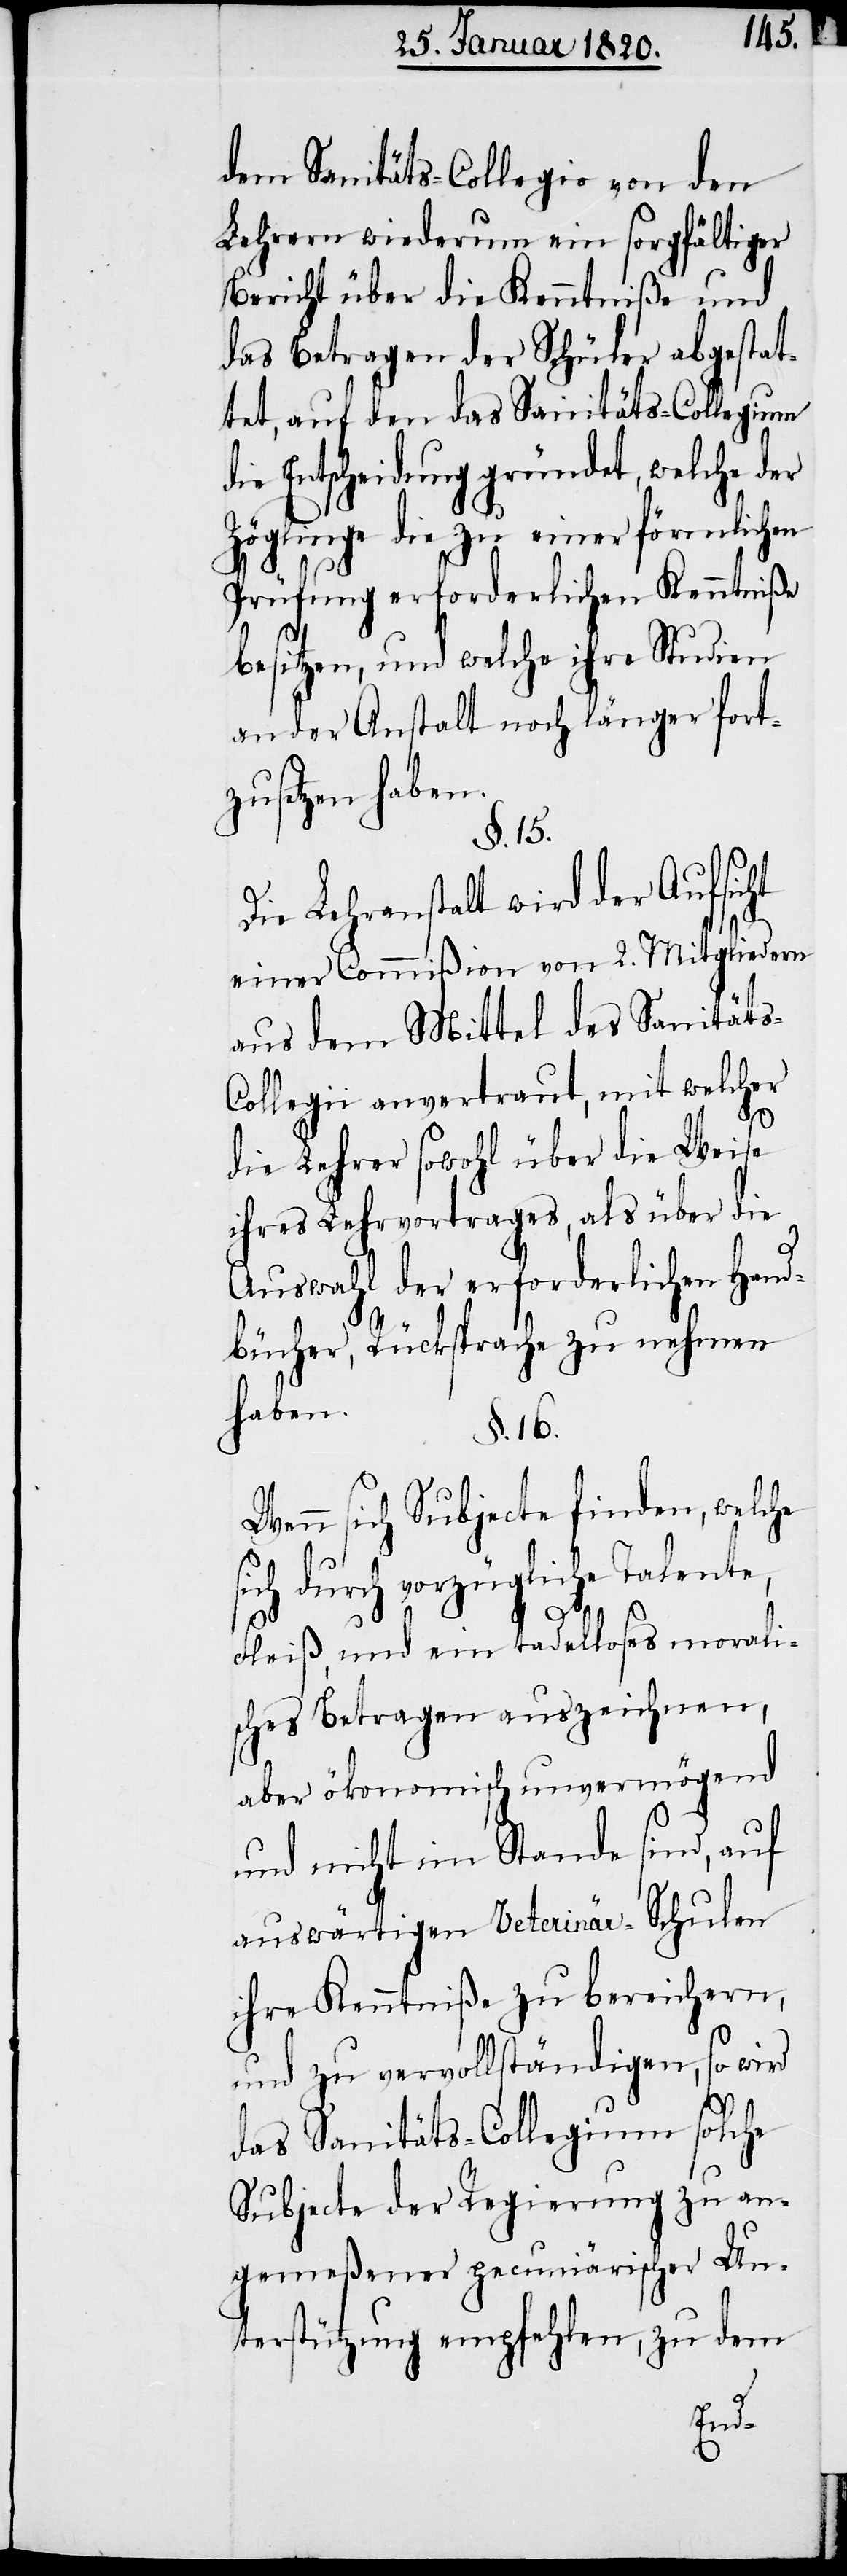
dem Sanitäts-Collegio von den
Lehrern wiederum ein sorgfältiger
Bericht über die Kenntniße und
das Betragen der Schüler abgestat¬
tet, auf den das Sanitäts-Collegium
die Entscheidung gründet, welche der
Zöglinge die zu einer förmlichen
Prüfung erforderlichen Kenntniße
besitzen, und welche ihre Studien
an der Anstalt noch länger fort¬
zusetzen haben.
§. 15.
Die Lehranstalt wird der Aufsicht
einer Commißion von 2. Mitgliedern
aus dem Mittel des Sanitäts-C¬
ollegii anvertraut, mit welcher
die Lehrer sowohl über die Weise
ihres Lehrvortrages, als über die
Auswahl der erforderlichen Hand¬
bücher, Rücksprache zu nehmen
haben.
§. 16.
Wenn sich Subjecte finden, welche
sich durch vorzügliche Talente,
Fleiß, und ein tadelloses morali¬
sches Betragen auszeichnen,
aber ökonomisch unvermögend
und nicht im Stande sind, auf
auswärtigen Veterinär-Schulen
ihre Kenntniße zu bereichern,
und zu vervollständigen, so wird
das Sanitäts-Collegium solche
Subjecte der Regierung zu an¬
gemeßener pecuniärischer Un¬
terstützung empfehlen, zu dem